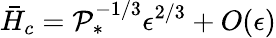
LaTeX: \bar{H}_{c}=\mathcal{P}_{*}^{-1/3}\epsilon^{2/3}+O(\epsilon)